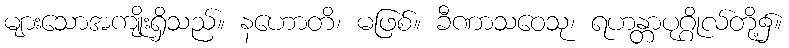
များသောအကျိုးရှိသည်။ နဟောတိ၊ မဖြစ်။ ခီဏာသဝေသု၊ ရဟန္တာပုဂ္ဂိုလ်တို့၌။